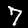
Label: 7